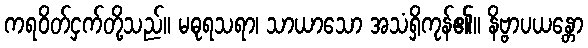
ကရဝိတ်ငှက်တို့သည်။ မဓုရသရာ၊ သာယာသော အသံရှိကုန်၏။ နိဗ္ဗာပယန္တော